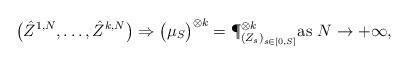
LaTeX: \begin{align*} \bigl( \hat{Z}^{1,N},\dots,\hat{Z}^{k,N} \bigr) \Rightarrow \bigl( \mu_{S} \bigr)^{\otimes k} = \P_{(Z_{s})_{s \in [0,S]}}^{\otimes k}\textrm{as} \ N \rightarrow + \infty, \end{align*}